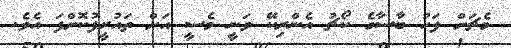
މެޗަށް ފަހު ބާސާގެ ކޯޗު އެންރިކޭ ވަނީ މެސީ އަށް ތައުރީފުކޮށްފަ އެވެ.